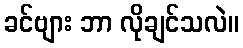
ခင်ဗျား ဘာ လိုချင်သလဲ။